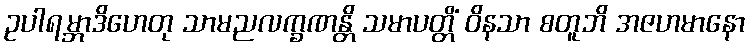
ဥပါရမ္ဘာဒိဟေတု သာမညလက္ခဏန္တိ သမာပတ္တိံ ဝိနသာ စတူဘိ အဇဟမာနော